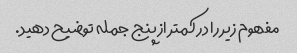
مفهوم زیر را در کمتر از پنج جمله توضیح دهید.